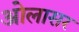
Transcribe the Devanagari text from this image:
ओलासर